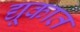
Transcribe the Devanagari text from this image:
द्यूकात